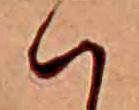
ハ